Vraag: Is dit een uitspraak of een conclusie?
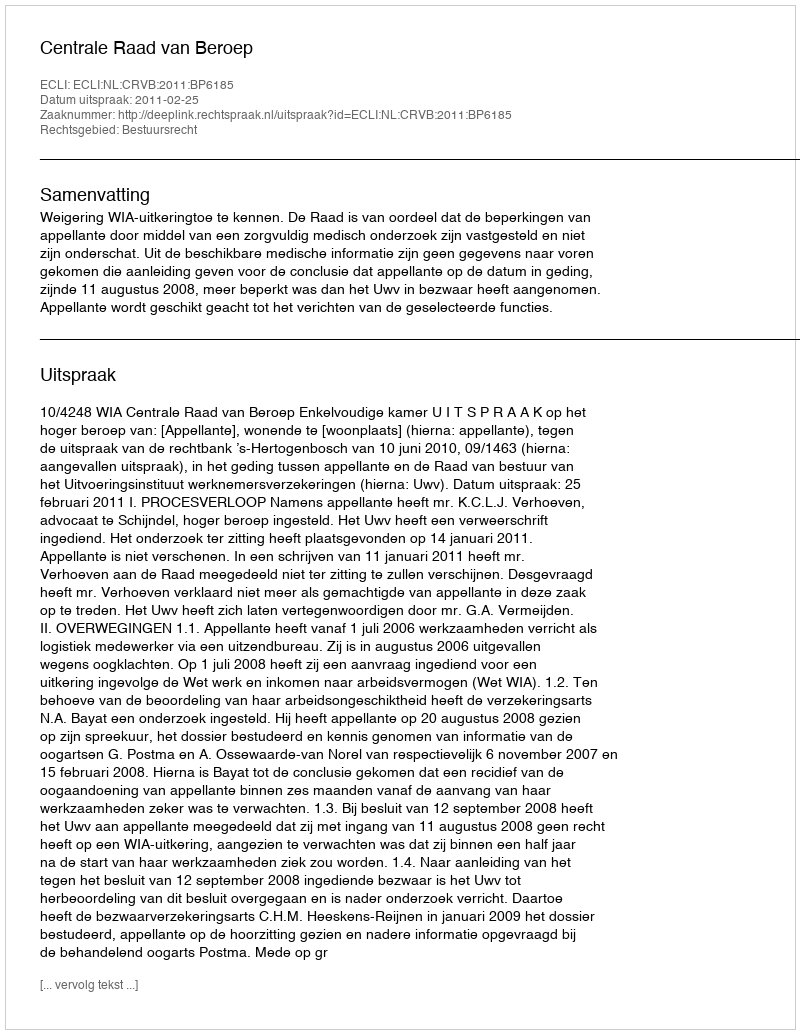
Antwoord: Uitspraak